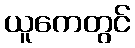
ယူကေတွင်